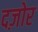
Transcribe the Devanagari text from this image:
दज़ोर